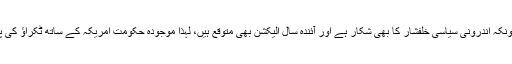
انہوں نے کہا کہ پاکستان چونکہ اندرونی سیاسی خلفشار کا بھی شکار ہے اور آئندہ سال الیکشن بھی متوقع ہیں، لہذا موجودہ حکومت امریکہ کے ساتھ ٹکراؤ کی پالیسی اختیار نہیں کرسکتی۔